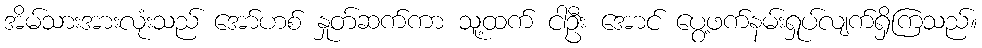
အိမ်သားအားလုံးသည် အော်ဟစ် နှုတ်ဆက်ကာ သူ့ထက် ငါဦး အောင် ပွေ့ဖက်နမ်းရှုပ်လျက်ရှိကြသည်။